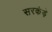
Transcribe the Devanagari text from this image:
सरकंड़े